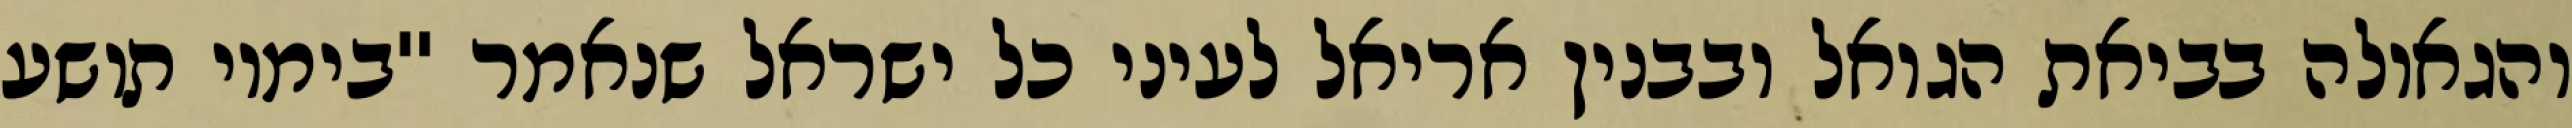
והגאולה בביאת הגואל ובבנין אריאל לעיני כל ישראל שנאמר "בימיו תושע